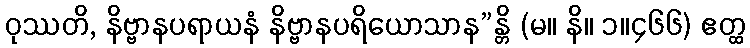
ဝုဿတိ, နိဗ္ဗာနပရာယနံ နိဗ္ဗာနပရိယောသာန”န္တိ (မ။ နိ။ ၁။၄၆၆) ဧတ္ထ